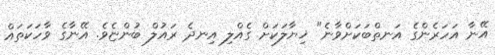
އޭނާ އަހަރެންގެ އަނތްބަކަށްވާނެ" ޚިޔާލަކަށް ގެއްލި އިނދެ ރައުލް ބުންޏެވެ. އޭނާގެ ވާހަކަތައް